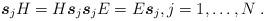
LaTeX: \begin{align*}\boldsymbol{s}_{j}H=H\boldsymbol{s}_{j}\boldsymbol{s}_{j}E=E\boldsymbol{s}_{j},j=1,\ldots ,N\;. \end{align*}